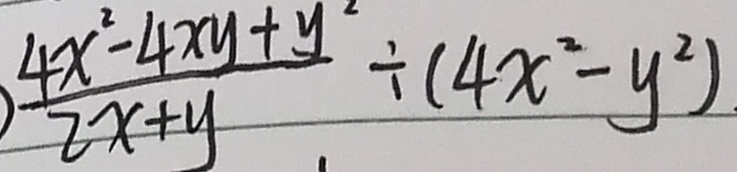
\frac { 4 x ^ { 2 } - 4 x y + y ^ { 2 } } { 2 x + y } \div ( 4 x ^ { 2 } - y ^ { 2 } )